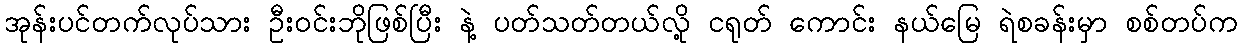
အုန်းပင်တက်လုပ်သား ဦးဝင်းဘိုဖြစ်ပြီး နဲ့ ပတ်သတ်တယ်လို့ ငရုတ် ကောင်း နယ်မြေ ရဲစခန်းမှာ စစ်တပ်က